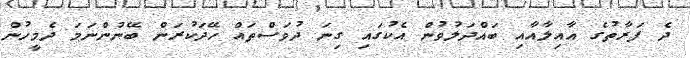
ދެ ފަރާތުުގެ އާއިލާއާއި ބައްދަލުވުން އެކުގައި ގިނަ ދުވަސްތައް ހޭދަކުރަން ބޭނުންނަމަ ދެމީހުން